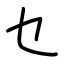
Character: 乜